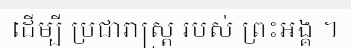
ដើម្បី ប្រជារាស្ត្រ របស់ ព្រះអង្គ ។